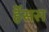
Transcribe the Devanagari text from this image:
र्हेसस